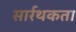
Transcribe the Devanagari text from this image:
सार्रथकता